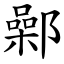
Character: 鄵